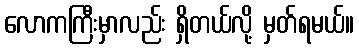
လောကကြီးမှာလည်း ရှိတယ်လို့ မှတ်ရမယ်။